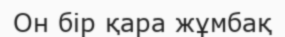
Он бір қара жұмбақ